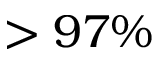
> 9 7 \%